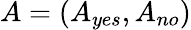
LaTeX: A=(A_{yes},A_{no})